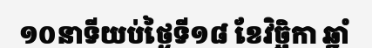
១០នាទីយប់ថ្ងៃទី១៨ ខែវិច្ឆិកា ឆ្នាំ